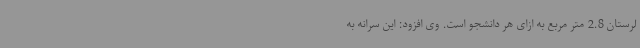
لرستان 2.8 متر مربع به ازای هر دانشجو است. وی افزود: این سرانه به